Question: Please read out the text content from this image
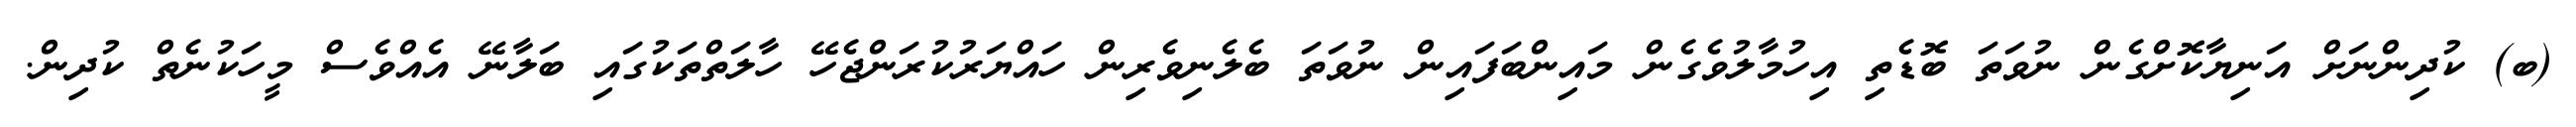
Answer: (ބ) ކުދިންނަށް އަނިޔާކޮށްގެން ނުވަތަ ބޮޑެތި އިހުމާލުވެގެން މައިންބަފައިން ނުވަތަ ބެލެނިވެރިން ހައްޔަރުކުރަންޖެހޭ ހާލަތްތަކުގައި ބަލާނޭ އެއްވެސް މީހަކުނެތް ކުދިން.